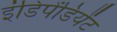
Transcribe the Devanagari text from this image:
इंडिपेंडियेंट